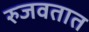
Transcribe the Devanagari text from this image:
रुजवतात